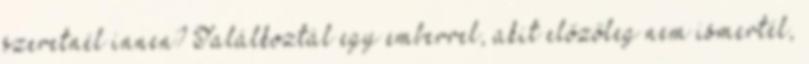
szeretnél innen? Találkoztál egy emberrel, akit előzőleg nem ismertél,